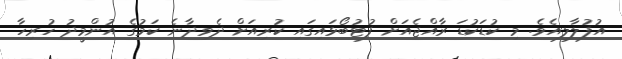
އުފުލާލިއެވެ. މި ކުޑަކުޑަ ރާއްޖެއަށް ފުޓުބޯޅައިގައި ކުރިއަށް ދެވިދާނެ ކަމުގެ އުންމީދު ހުރިހާ